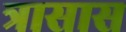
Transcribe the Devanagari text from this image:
त्रासास